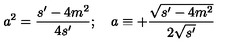
a ^ { 2 } = \frac { s ^ { \prime } - 4 m ^ { 2 } } { 4 s ^ { \prime } } ; \quad a \equiv + \frac { \sqrt { s ^ { \prime } - 4 m ^ { 2 } } } { 2 \sqrt { s ^ { \prime } } }